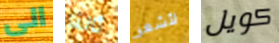
الى ثالثا لأشعر كويل